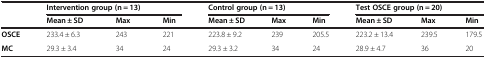
<table><thead><tr><td><b> </b></td><td colspan="3"><b>Intervention group(n = 13)</b></td><td colspan="3"><b>Control group(n = 13)</b></td><td colspan="3"><b>Test OSCE group (n = 20)</b></td></tr><tr><td><b> </b></td><td><b>Mean ± SD</b></td><td><b>Max</b></td><td><b>Min</b></td><td><b>Mean ± SD</b></td><td><b>Max</b></td><td><b>Min</b></td><td><b>Mean ± SD</b></td><td><b>Max</b></td><td><b>Min</b></td></tr></thead><tbody><tr><td><b>OSCE</b></td><td>233.4 ± 6.3</td><td>243</td><td>221</td><td>223.8 ± 9.2</td><td>239</td><td>205.5</td><td>223.2 ± 13.4</td><td>239.5</td><td>179.5</td></tr><tr><td><b>MC</b></td><td>29.3 ± 3.4</td><td>34</td><td>24</td><td>29.3 ± 3.2</td><td>34</td><td>24</td><td>28.9 ± 4.7</td><td>36</td><td>20</td></tr></tbody></table>